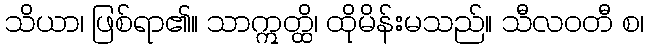
သိယာ၊ ဖြစ်ရာ၏။ သာဣတ္ထိ၊ ထိုမိန်းမသည်။ သီလဝတီ စ၊